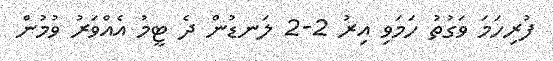
ފުރިހަމަ ވަގުތު ހަމަވި އިރު 2-2 ލަނޑުން ދެ ޓީމު އެއްވަރު ވުމުން